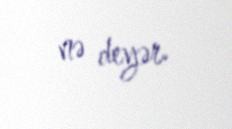
nə deyər.